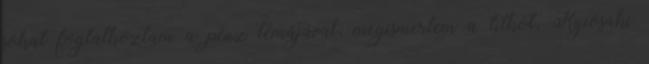
sokat foglalkoztam a pénz témájával, megismertem a titkot, Kyiosaki